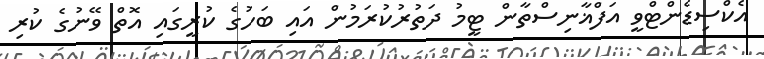
އެކްސިޑެންޓްވީ އަފްޣާނިސްތާން ޓީމު ދަތުރުކުރަމުން އައި ބަހުގެ ކުރީގައި އޮތް ވޭނުގެ ކުރި